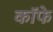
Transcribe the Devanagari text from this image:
कॉफे